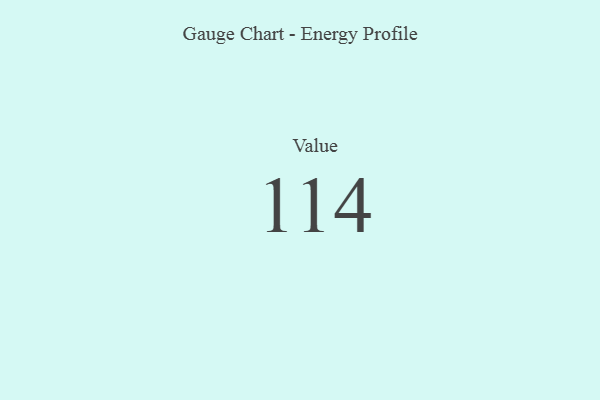
{"axis": {"x": "Metric", "y": "Value"}, "legend": [""], "data": [{"x": "Value", "y": 114, "type": ""}]}